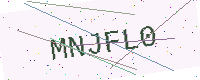
Text: MNJFL0